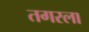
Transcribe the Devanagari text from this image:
तगरला